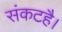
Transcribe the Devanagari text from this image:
संकटहै।